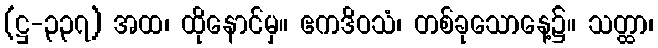
(ဋ္ဌ-၃၃၇) အထ၊ ထိုနောင်မှ။ ဧကဒိဝသံ၊ တစ်ခုသောနေ့၌။ သတ္ထာ၊